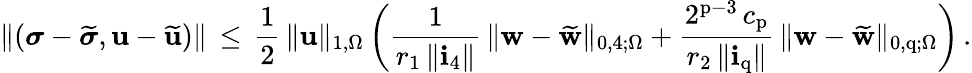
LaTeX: \| ({\boldsymbol\sigma}-\widetilde{{\boldsymbol\sigma}},\mathbf{u}-\widetilde{\mathbf{u}})\| \, \leq\, \frac{1}{2}\, \| \mathbf{u}\| _{1,\Omega}\, \bigg(\frac{1}{r_{1}\, \| \mathbf{i}_{4}\| }\, \| {\mathbf{w}}-\widetilde{{\mathbf{w}}}\| _{0,4;\Omega}+\frac{2^{\mathrm{p}-3}\, c_{\mathrm{p}}}{r_{2}\, \| \mathbf{i}_{\mathrm{q}}\| }\, \| {\mathbf{w}}-\widetilde{{\mathbf{w}}}\| _{0,\mathrm{q};\Omega}\bigg)\, .